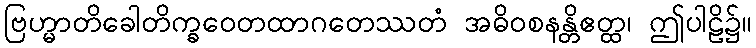
ဗြဟ္မာတိခေါတိက္ခဝေတထာဂတေဿတံ အဓိဝစနန္တိဧတ္ထ၊ ဤပါဠိ၌။